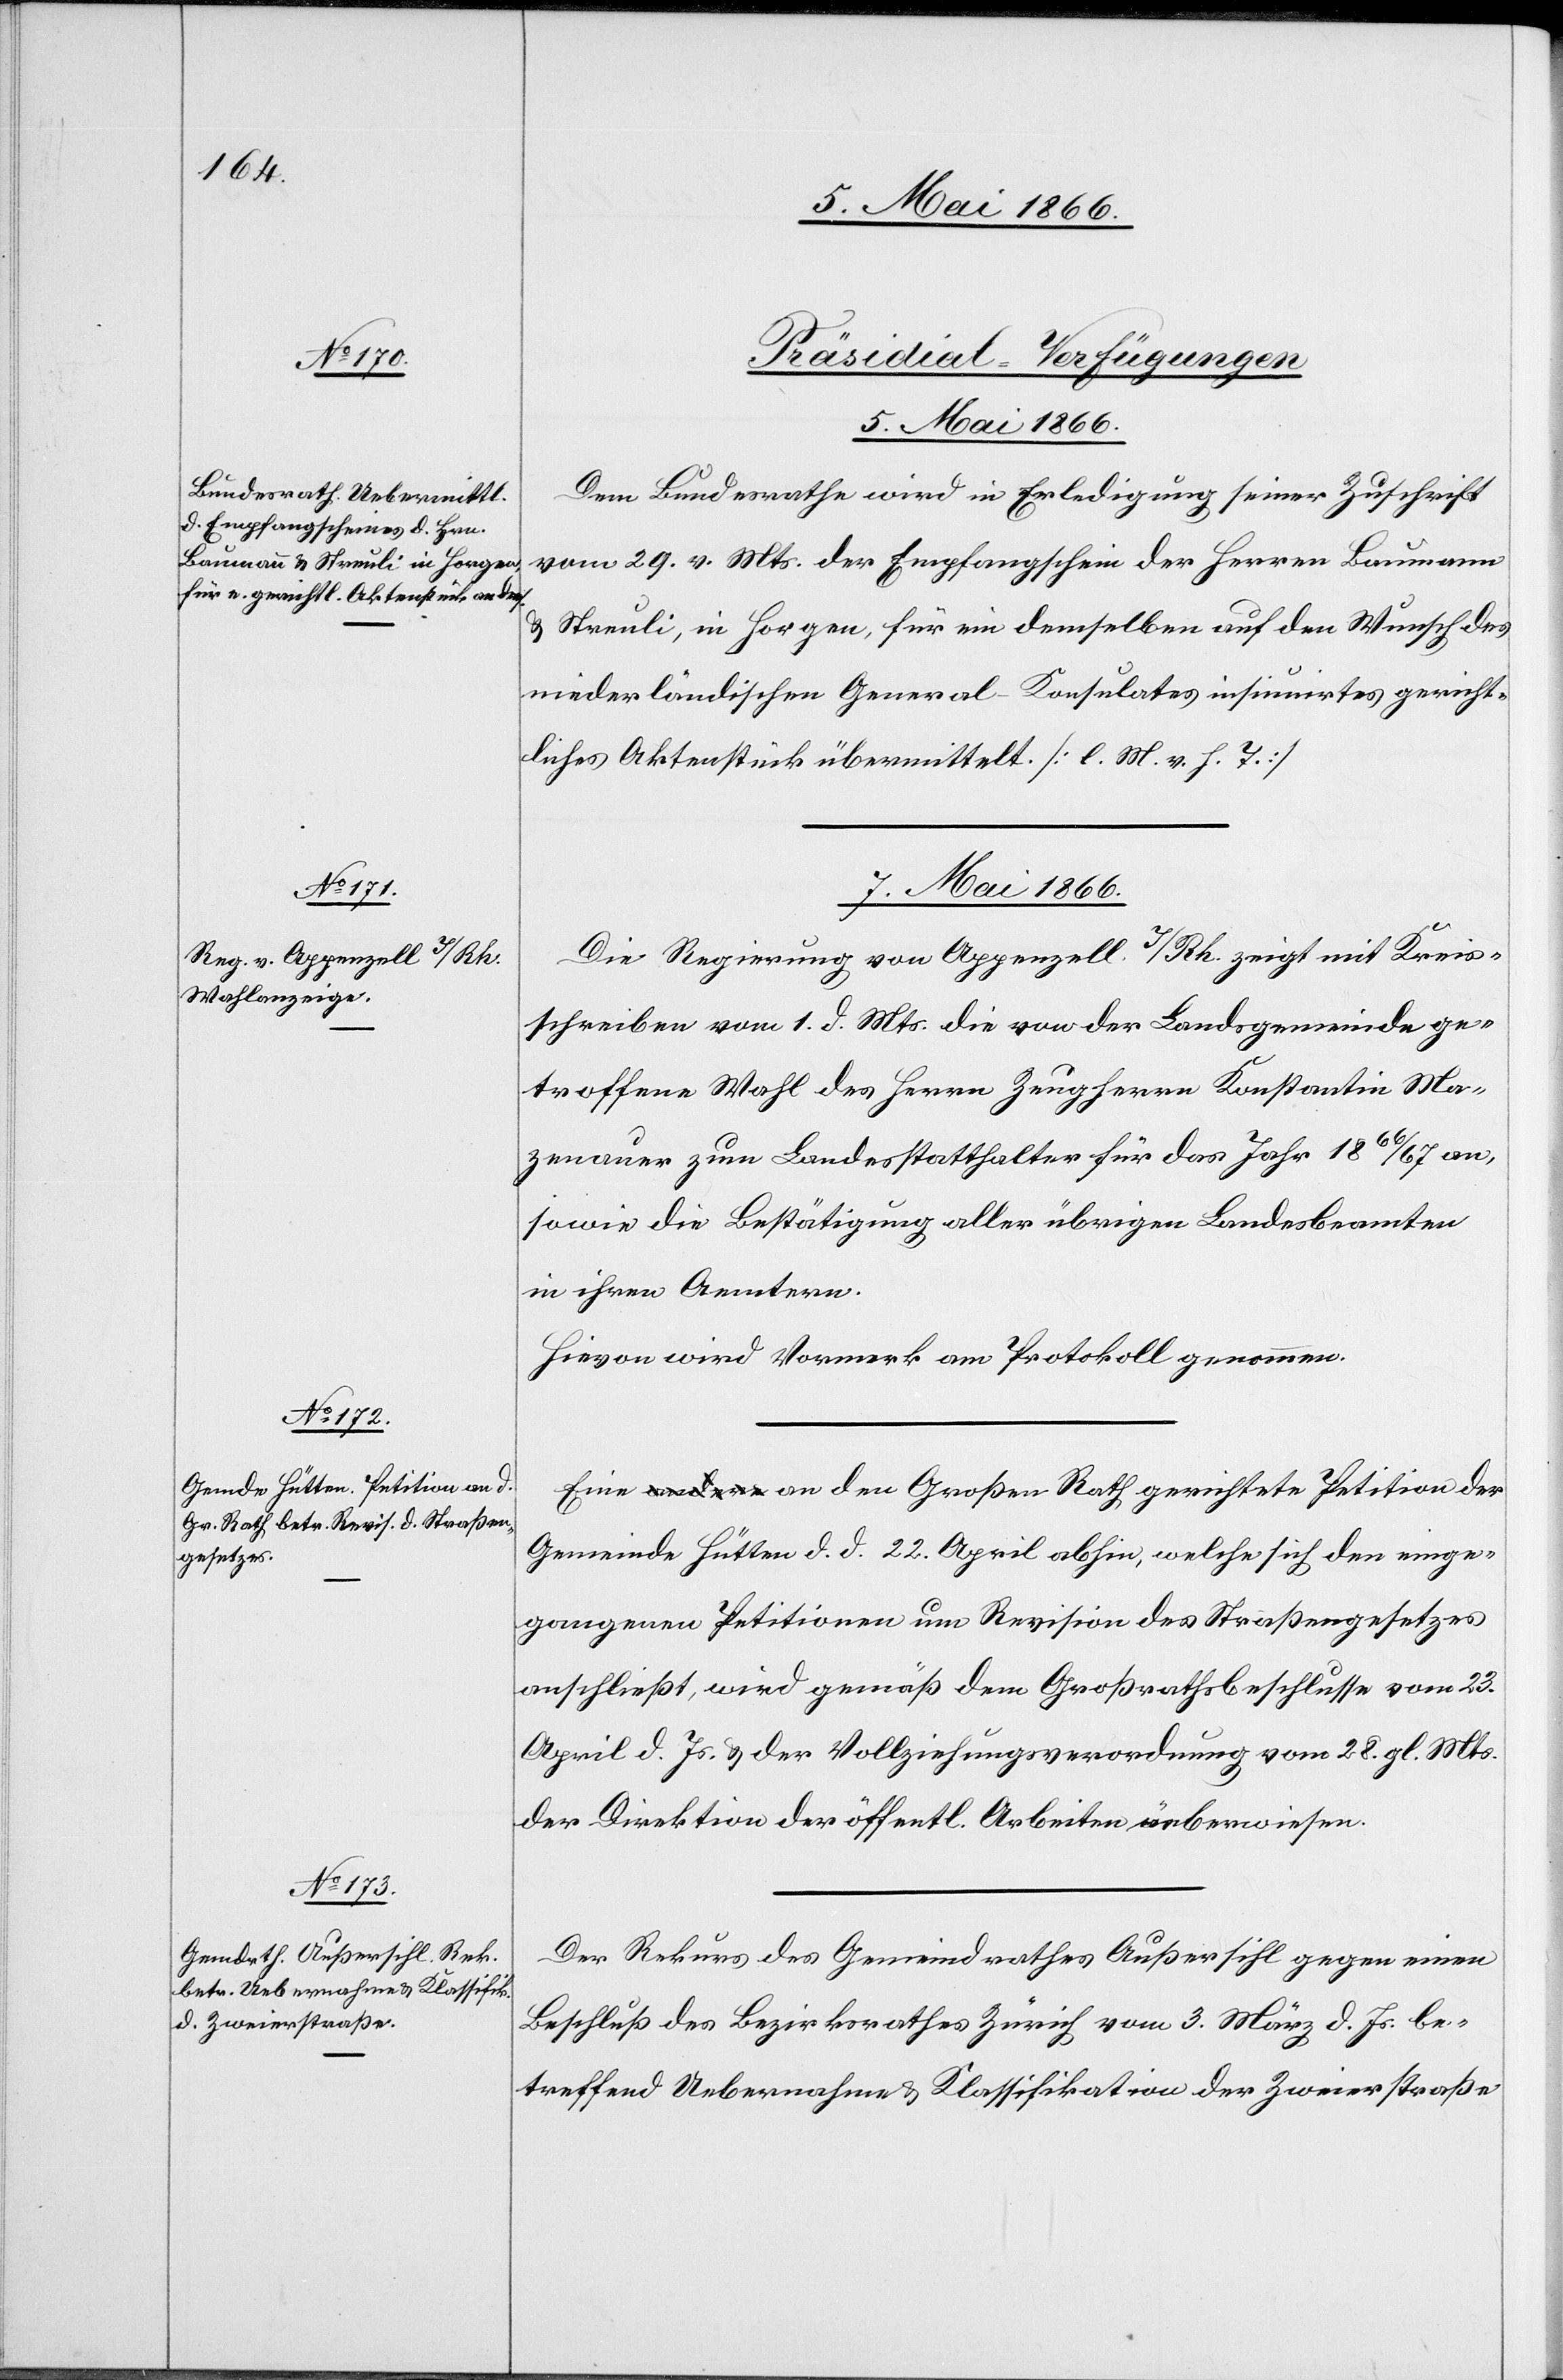
[Präsidial-Verfügungen.
5. Mai 1866.
Dem Bundesrathe wird in Erledigung seiner Zuschrift
vom 29. v. Mts. der Empfangschein der Herrn Baumann
u. Streuli, in Horgen, für ein demselben auf den Wunsch des
niederländischen General-Konsulates insinuirtes gericht¬
liches Aktenstück übermittelt. [l. M. v. h. T.]
7. Mai 1866.]
Die Regierung von Appenzell i/Rh. zeigt mit Kreis¬
schreiben vom 1. d. Mts. die von der Landsgemeinde ge¬
troffene Wahl des Herrn Zeugherrn Konstantin Ma¬
zenauer zum Landesstatthalter für das Jahr 1866/67 an,
sowie die Bestätigung aller übrigen Landesbeamter
in ihren Aemtern.
Hievon wird Vormerk am Protokoll genommen.
Eine a-andere-a an den Großen Rath gerichtete Petition der
Gemeinde Hütten d. d. 22. April abhin, welche sich den einge¬
gangenen Petitionen um Revision des Straßengesetzes
anschließt, wird gemäß dem Großrathsbeschlusse vom 23.
April d. Js. u. der Vollziehungsverordnung vom 28. gl. Mts.
der Direktion der öffentl. Arbeiten überwiesen.
Der Rekurs des Gemeindrathes Außersihl gegen einen
Beschluß des Bezirksrathes Zürich vom 3. März d. Js. be¬
treffend Uebernahme u. Klassifikation der Zweierstraße